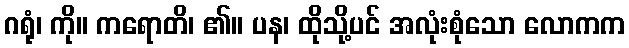
ဂရုံ၊ ကို။ ကရောတိ၊ ၏။ ပန၊ ထိုသို့ပင် အလုံးစုံသော လောကက